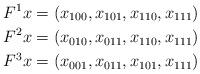
LaTeX: \begin{align*}F^1x &= (x_{100},x_{101},x_{110},x_{111}) \\F^2x &= (x_{010},x_{011},x_{110},x_{111}) \\F^3x &= (x_{001},x_{011},x_{101},x_{111})\end{align*}